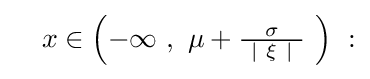
\quad x\in \left(-\infty \ ,\ \mu +{\tfrac {\sigma }{\ |\ \xi \ |\ }}\ \right)\ :